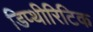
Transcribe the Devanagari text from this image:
डिप्थीरिटिक